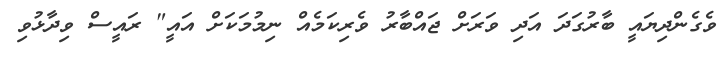
ވެގެންދިޔައީ ބާރުގަދަ އަދި ވަރަށް ޖައްބާރު ވެރިކަމެއް ނިމުމަކަށް އައީ" ރައީސް ވިދާޅުވި